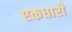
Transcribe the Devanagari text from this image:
एकधारी